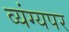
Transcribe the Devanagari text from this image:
व्यंग्यपर